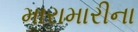
મારામારીના